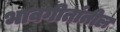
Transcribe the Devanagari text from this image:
भावगीतांतील